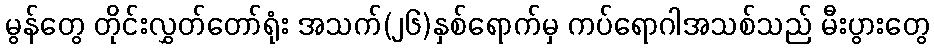
မွန်တွေ တိုင်းလွှတ်တော်ရုံး အသက်(၂၆)နှစ်ရောက်မှ ကပ်ရောဂါအသစ်သည် မီးပွားတွေ